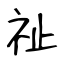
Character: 祉